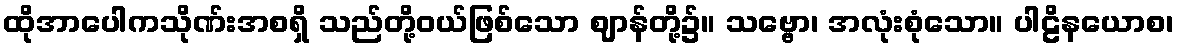
ထိုအာပေါကသိုဏ်းအစရှိ သည်တို့ဝယ်ဖြစ်သော ဈာန်တို့၌။ သဗ္ဗော၊ အလုံးစုံသော။ ပါဠိနယောစ၊